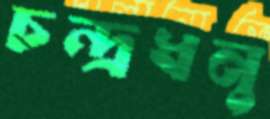
চন্দ্রধনু